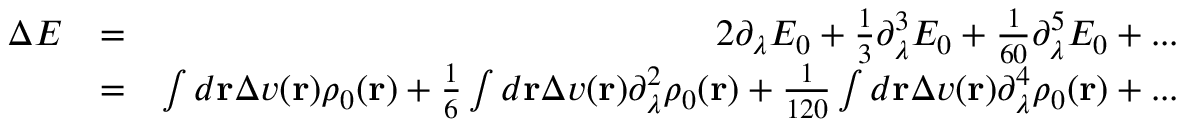
\begin{array} { r l r } { \Delta E } & { = } & { 2 \partial _ { \lambda } E _ { 0 } + \frac { 1 } { 3 } \partial _ { \lambda } ^ { 3 } E _ { 0 } + \frac { 1 } { 6 0 } \partial _ { \lambda } ^ { 5 } E _ { 0 } + . . . } \\ & { = } & { \int d { \bf r } \Delta v ( { \bf r } ) \rho _ { 0 } ( { \bf r } ) + \frac { 1 } { 6 } \int d { \bf r } \Delta v ( { \bf r } ) \partial _ { \lambda } ^ { 2 } \rho _ { 0 } ( { \bf r } ) + \frac { 1 } { 1 2 0 } \int d { \bf r } \Delta v ( { \bf r } ) \partial _ { \lambda } ^ { 4 } \rho _ { 0 } ( { \bf r } ) + . . . } \end{array}